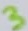
Text: 3